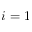
i = 1